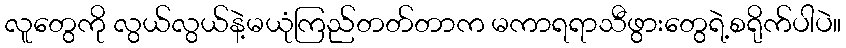
လူတွေကို လွယ်လွယ်နဲ့မယုံကြည်တတ်တာက မကာရရာသီဖွားတွေရဲ့စရိုက်ပါပဲ။